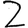
Digit: 2